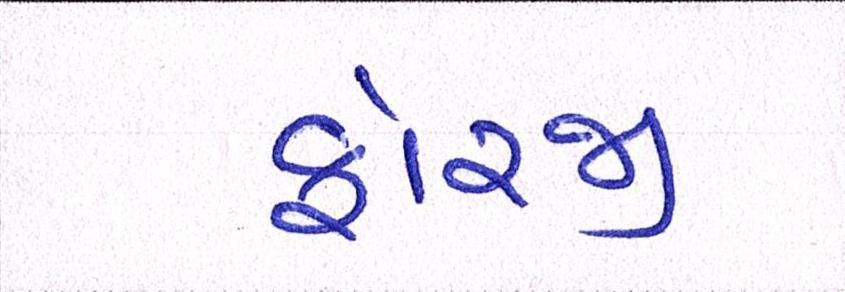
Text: ફોરજી